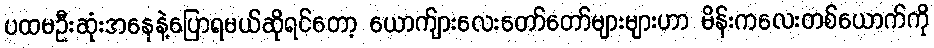
ပထမဦးဆုံးအနေနဲ့ပြောရမယ်ဆိုရင်တော့ ယောက်ျားလေးတော်တော်များများဟာ မိန်းကလေးတစ်ယောက်ကို